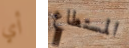
أي المستطاع